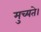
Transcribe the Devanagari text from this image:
मुच्यते।